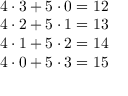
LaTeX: \begin{array} { r } { 4 \cdot 3 + 5 \cdot 0 = 1 2 } \\ { 4 \cdot 2 + 5 \cdot 1 = 1 3 } \\ { 4 \cdot 1 + 5 \cdot 2 = 1 4 } \\ { 4 \cdot 0 + 5 \cdot 3 = 1 5 } \end{array}